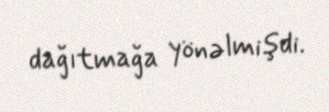
dağıtmağa yönəlmişdi.